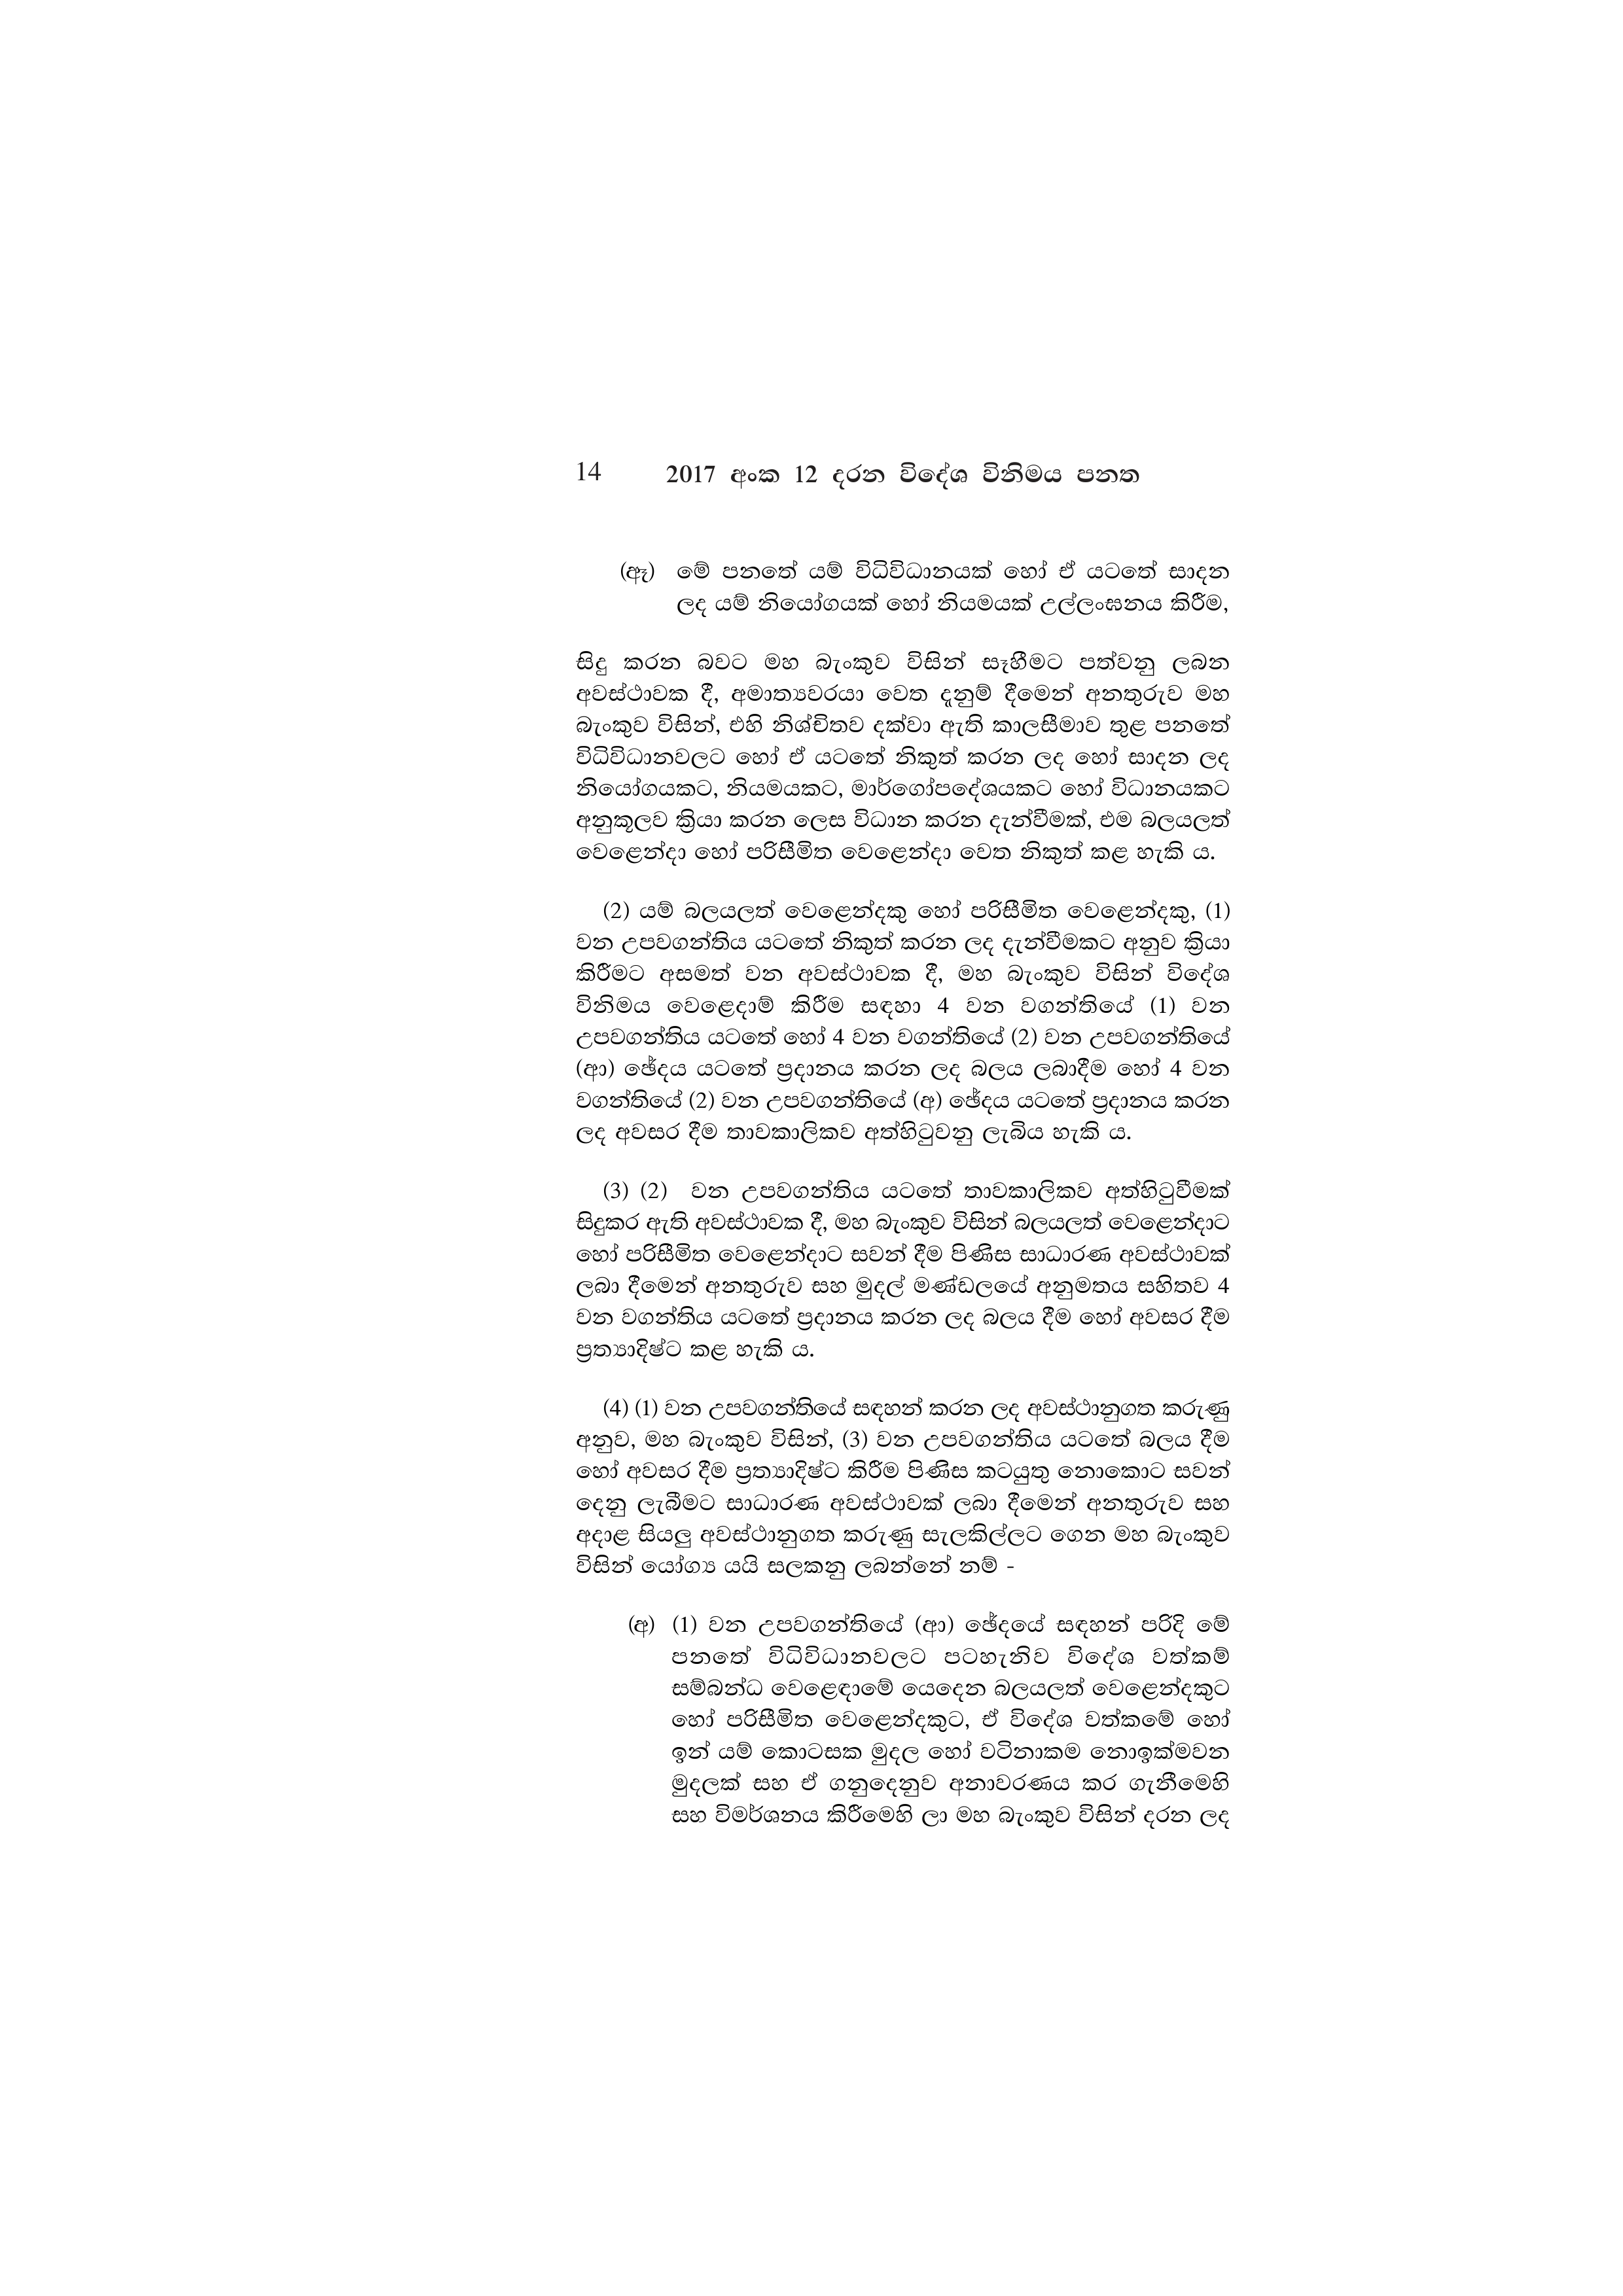
14 2017 අංක 12 දරන විදේශ විනිමය පනත

(ඈ) මේ පනතේ යම් විධිවිධානයක් හෝ ඒ යටතේ සාදන
ලද යම් නියෝගයක් හෝ නියමයක් උල්ලංඝනය කිරීම,

සිදු කරන බවට මහ බැංකුව විසින් සෑහීමට පත්වනු ලබන
අවස්ථාවක දී, අමාත්‍යවරයා වෙත දැනුම් දීමෙන් අනතුරුව මහ
බැංකුව විසින්, එහි නිශ්චිතව දක්වා ඇති කාලසීමාව තුළ පනතේ
විධිවිධානවලට හෝ ඒ යටතේ නිකුත් කරන ලද හෝ සාදන ලද
නියෝගයකට, නියමයකට, මාර්ගෝපදේශයකට හෝ විධානයකට
අනුකූලව ක්‍රියා කරන ලෙස විධාන කරන දැන්වීමක්, එම බලයලත්
වෙළෙන්දා හෝ පරිසීමිත වෙළෙන්දා වෙත නිකුත් කළ හැකි ය.

(2) යම් බලයලත් වෙළෙන්දකු හෝ පරිසීමිත වෙළෙන්දකු, (1)
වන උපවගන්තිය යටතේ නිකුත් කරන ලද දැන්වීමකට අනුව ක්‍රියා
කිරීමට අසමත් වන අවස්ථාවක දී, මහ බැංකුව විසින් විදේශ
විනිමය වෙළෙදාම් කිරීම සඳහා 4 වන වගන්තියේ (1) වන
උපවගන්තිය යටතේ හෝ 4 වන වගන්තියේ (2) වන උපවගන්තියේ
(ආ) ඡේදය යටතේ ප්‍රදානය කරන ලද බලය ලබාදීම හෝ 4 වන
වගන්තියේ (2) වන උපවගන්තියේ (අ) ඡේදය යටතේ ප්‍රදානය කරන
ලද අවසර දීම තාවකාලිකව අත්හිටුවනු ලැබිය හැකි ය.

(3) (2) වන උපවගන්තිය යටතේ තාවකාලිකව අත්හිටුවීමක්
සිදුකර ඇති අවස්ථාවක දී, මහ බැංකුව විසින් බලයලත් වෙළෙන්දාට
හෝ පරිසීමිත වෙළෙන්දාට සවන් දීම පිණිස සාධාරණ අවස්ථාවක්
ලබා දීමෙන් අනතුරුව සහ මුදල් මණ්ඩලයේ අනුමතය සහිතව 4
වන වගන්තිය යටතේ ප්‍රදානය කරන ලද බලය දීම හෝ අවසර දීම
ප්‍රත්‍යාදිෂ්ට කළ හැකි ය.

(4) (1) වන උපවගන්තියේ සඳහන් කරන ලද අවස්ථානුගත කරුණු
අනුව, මහ බැංකුව විසින්, (3) වන උපවගන්තිය යටතේ බලය දීම
හෝ අවසර දීම ප්‍රත්‍යාදිෂ්ට කිරීම පිණිස කටයුතු නොකොට සවන්
දෙනු ලැබීමට සාධාරණ අවස්ථාවක් ලබා දීමෙන් අනතුරුව සහ
අදාළ සියලු අවස්ථානුගත කරුණු සැලකිල්ලට ගෙන මහ බැංකුව
විසින් යෝග්‍ය යයි සලකනු ලබන්නේ නම් -

(අ) (1) වන උපවගන්තියේ (ආ) ඡේදයේ සඳහන් පරිදි මේ
පනතේ විධිවිධානවලට පටහැනිව විදේශ වත්කම්
සම්බන්ධ වෙළෙඳාමේ යෙදෙන බලයලත් වෙළෙන්දකුට
හෝ පරිසීමිත වෙළෙන්දකුට, ඒ විදේශ වත්කමේ හෝ
ඉන් යම් කොටසක මුදල හෝ වටිනාකම නොඉක්මවන
මුදලක් සහ ඒ ගනුදෙනුව අනාවරණය කර ගැනීමෙහි
සහ විමර්ශනය කිරීමෙහි ලා මහ බැංකුව විසින් දරන ලද